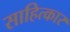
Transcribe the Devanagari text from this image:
साहित्कार